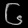
Digit: ၆